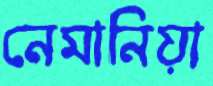
নেমানিয়া